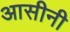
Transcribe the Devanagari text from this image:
आसीनी